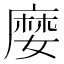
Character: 𡡉